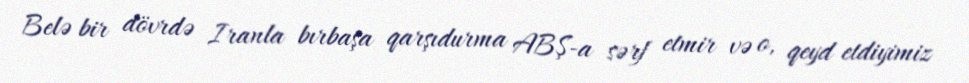
Belə bir dövrdə Iranla bırbaşa qarşıdurma ABŞ-a sərf etmir və o, qeyd etdiyimiz